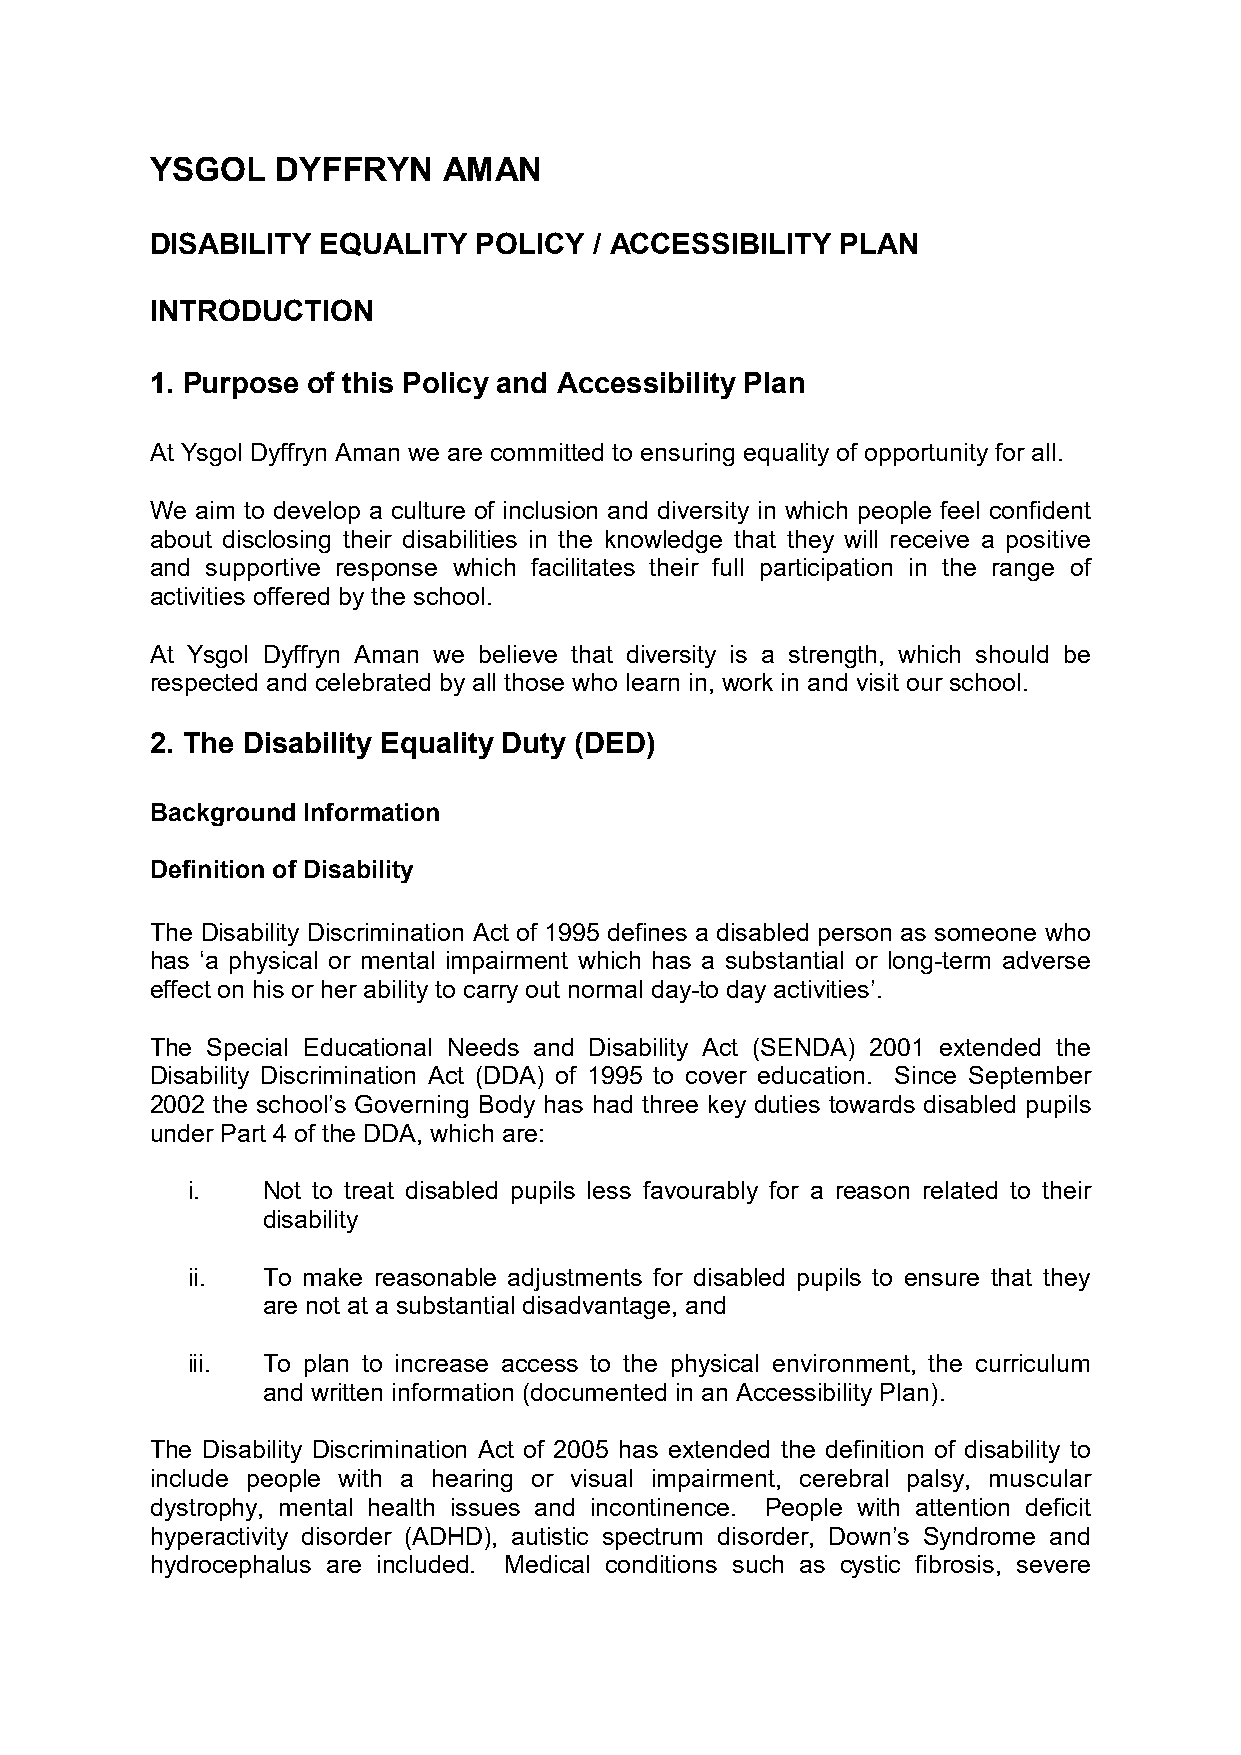
YSGOL   DYFFRYN    AMAN
 DISABILITY EQUALITY   POLICY / ACCESSIBILITY  PLAN
 INTRODUCTION
 1. Purpose of this Policy and Accessibility Plan
 At Ysgol Dyffryn Aman we are committed to ensuring equality of opportunity for all.
 We aim to develop a culture of inclusion and diversity in which people feel confident
 about disclosing their disabilities in the knowledge that they will receive a positive
 and supportive response which facilitates their full participation in the range of
 activities offered by the school.
 At Ysgol Dyffryn Aman we believe that diversity is a strength, which should be
 respected and celebrated by all those who learn in, work in and visit our school.
 2. The Disability Equality Duty (DED)
 Background Information
 Definition of Disability
 The Disability Discrimination Act of 1995 defines a disabled person as someone who
 has ‘a physical or mental impairment which has a substantial or long-term adverse
 effect on his or her ability to carry out normal day-to day activities’.
 The Special Educational Needs and Disability Act (SENDA) 2001 extended the
 Disability Discrimination Act (DDA) of 1995 to cover education. Since September
 2002 the school’s Governing Body has had three key duties towards disabled pupils
 under Part 4 of the DDA, which are:
 i.   Not to treat disabled pupils less favourably for a reason related to their
 disability
 ii.  To make reasonable adjustments for disabled pupils to ensure that they
 are not at a substantial disadvantage, and
 iii. To plan to increase access to the physical environment, the curriculum
 and written information (documented in an Accessibility Plan).
 The Disability Discrimination Act of 2005 has extended the definition of disability to
 include people with a hearing or visual impairment, cerebral palsy, muscular
 dystrophy, mental health issues and incontinence. People with attention deficit
 hyperactivity disorder (ADHD), autistic spectrum disorder, Down’s Syndrome and
 hydrocephalus are included. Medical conditions such as cystic fibrosis, severe